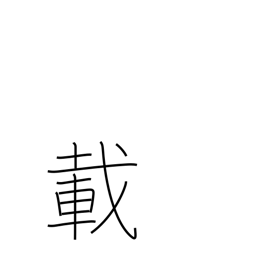
Meaning: 10**44